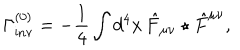
LaTeX: \Gamma _ { \mathrm { i n v } } ^ { ( 0 ) } = - \frac { 1 } { 4 } \int d ^ { 4 } x \, \hat { F } _ { \mu \nu } \star \hat { F } ^ { \mu \nu } ,